Indian journal of veterinary science and animal husbandry - Volume 12,
Year: 1942
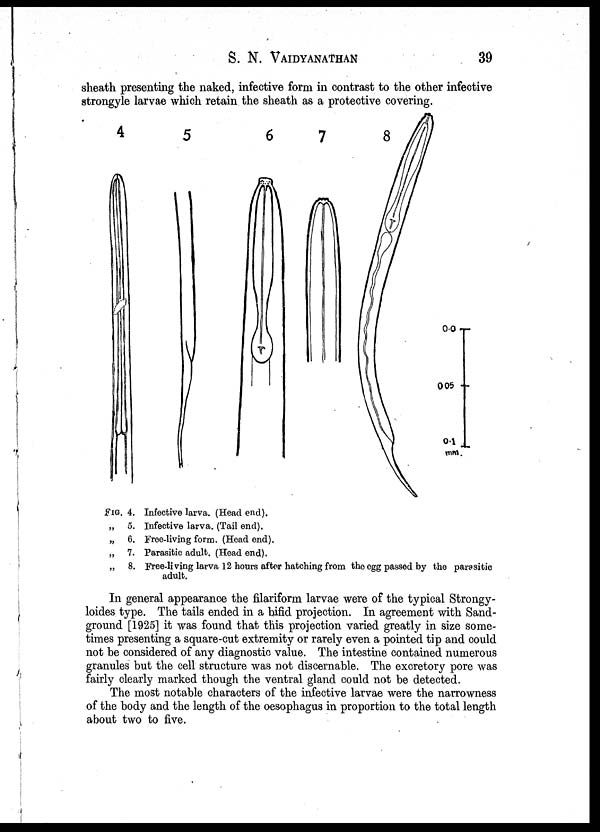
S. N. VAIDYANATHAN 39
sheath presenting the naked, infective form in contrast to the other infective
strongyle larvae which retain the sheath as a protective covering.
FIG. 4. Infective larva. (Head end).
„ 5. Infective larva. (Tail end).
„ 6. Free-living form. (Head end).
„ 7. Parasitic adult. (Head end).
„ 8. Free-living larva 12 hours after hatching from the egg passed by the parasitic
adult.
In general appearance the filariform larvae were of the typical Strongy¬
loides type. The tails ended in a bifid projection. In agreement with Sand-
ground [1925] it was found that this projection varied greatly in size some-
times presenting a square-cut extremity or rarely even a pointed tip and could
not be considered of any diagnostic value. The intestine contained numerous
granules but the cell structure was not discernable. The excretory pore was
fairly clearly marked though the ventral gland could not be detected.
The most notable characters of the infective larvae were the narrowness
of the body and the length of the oesophagus in proportion to the total length
about two to five.